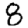
Digit: 8